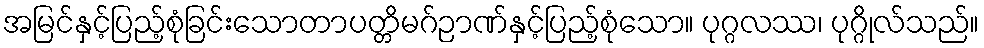
အမြင်နှင့်ပြည့်စုံခြင်းသောတာပတ္တိမဂ်ဉာဏ်နှင့်ပြည့်စုံသော။ ပုဂ္ဂလဿ၊ ပုဂ္ဂိုလ်သည်။